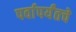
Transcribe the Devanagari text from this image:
पर्वापर्यंतचे